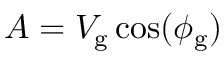
A = V _ { \mathrm { g } } \cos ( \phi _ { \mathrm { g } } )